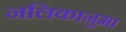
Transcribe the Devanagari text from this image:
नलिकानुमा